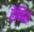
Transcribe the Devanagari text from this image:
हैनिश